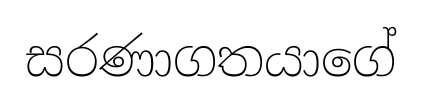
සරණාගතයාගේ